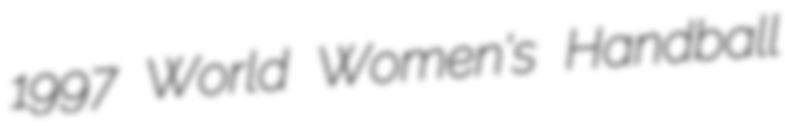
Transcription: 1997 World Women's Handball